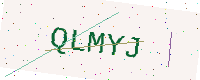
Text: QLMYJ